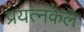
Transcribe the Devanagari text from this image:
प्रयत्‍नकेले